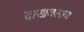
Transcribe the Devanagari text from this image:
दाखवलाय